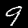
Digit: 9